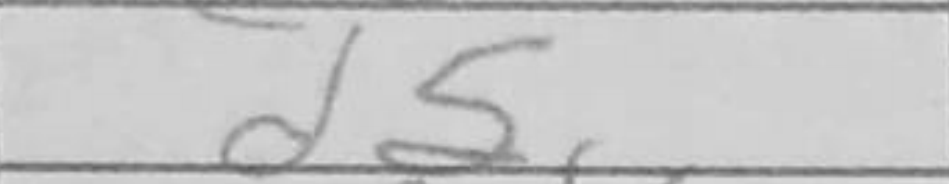
Transcription: d5